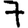
Digit: 7